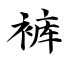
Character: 裤